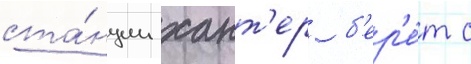
ста́нции хант'ер б'ер'е́т с